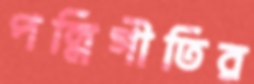
পল্লিগীতির